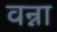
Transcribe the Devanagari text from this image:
वन्ना